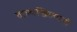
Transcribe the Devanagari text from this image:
वाल्यखिल्यांनी